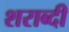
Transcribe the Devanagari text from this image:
शराब्दी